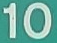
10